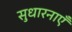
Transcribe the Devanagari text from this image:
सुधारनाएँ